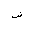
Letter: _dad